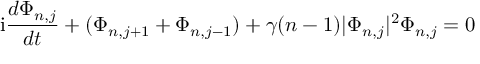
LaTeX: \mathrm { i } { \frac { d \Phi _ { n , j } } { d t } } + ( \Phi _ { n , j + 1 } + \Phi _ { n , j - 1 } ) + \gamma ( n - 1 ) | \Phi _ { n , j } | \sp 2 \Phi _ { n , j } = 0